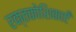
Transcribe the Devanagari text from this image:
रक्तकोशिकाएँ